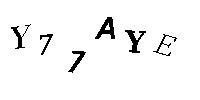
Y77AYE